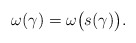
\begin{align*} \omega(\gamma) = \omega\bigl(s(\gamma)\bigr).\end{align*}